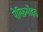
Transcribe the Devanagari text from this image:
पेम्फ़िगॉइड